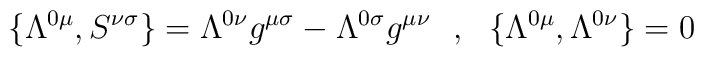
\{\Lambda^{0\mu},S^{\nu\sigma}\}=\Lambda ^{0\nu}g^{\mu\sigma}-\Lambda^{0\sigma}g^{\mu\nu}~~,~~\{\Lambda^{0\mu},\Lambda ^{0\nu}\}=0